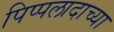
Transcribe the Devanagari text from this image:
पिप्पलादाच्या